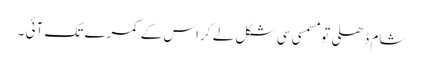
شام ڈھلی تو مسمسی سی شکل لے کر اس کے کمرے تک آئی ۔